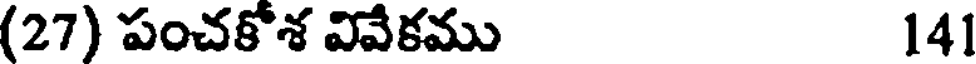
(27) పంచకోశ వివేకము 141